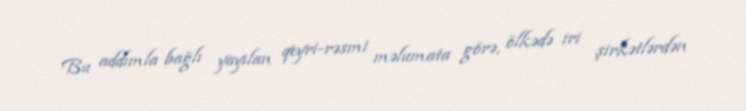
Bu addımla bağlı yayılan qeyri-rəsmi məlumata görə, ölkədə iri şirkətlərdən